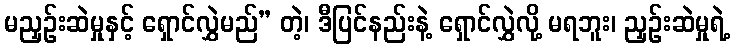
မညှဉ်းဆဲမှုနှင့် ရှောင်လွှဲမည်” တဲ့၊ ဒီပြင်နည်းနဲ့ ရှောင်လွှဲလို့ မရဘူး၊ ညှဉ်းဆဲမှုရဲ့